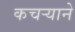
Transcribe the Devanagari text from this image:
कचऱ्याने